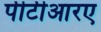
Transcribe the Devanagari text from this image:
पीटीआरए